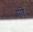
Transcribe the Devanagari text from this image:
पृष्टि